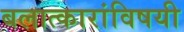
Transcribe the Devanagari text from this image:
बलात्कारांविषयी